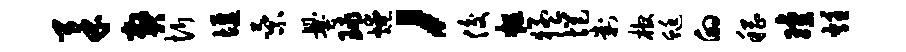
柔弊忻堰乘爨球燎，俊粗猛悒判棺蜓的稽琼炷